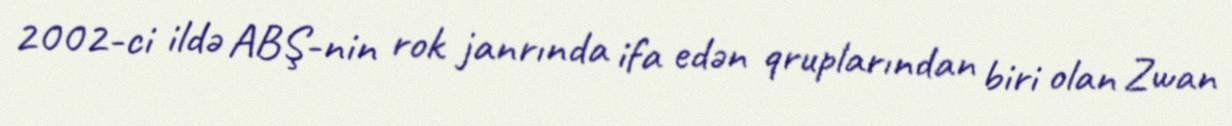
2002-ci ildə ABŞ-nin rok janrında ifa edən qruplarından biri olan Zwan